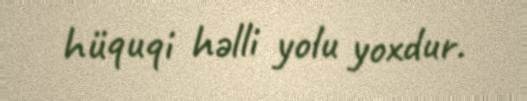
hüquqi həlli yolu yoxdur.